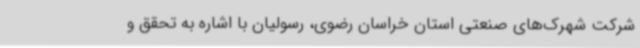
شرکت شهرک‌های صنعتی استان خراسان رضوی، رسولیان با اشاره به تحقق و